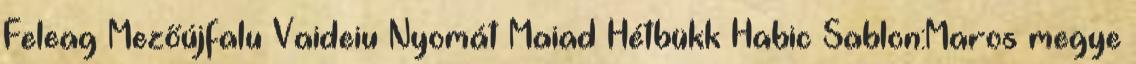
Feleag Mezőújfalu Vaideiu Nyomát Maiad Hétbükk Habic Sablon:Maros megye